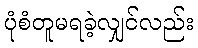
ပုံစံတူမရခဲ့လျှင်လည်း